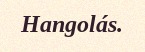
Hangolás.